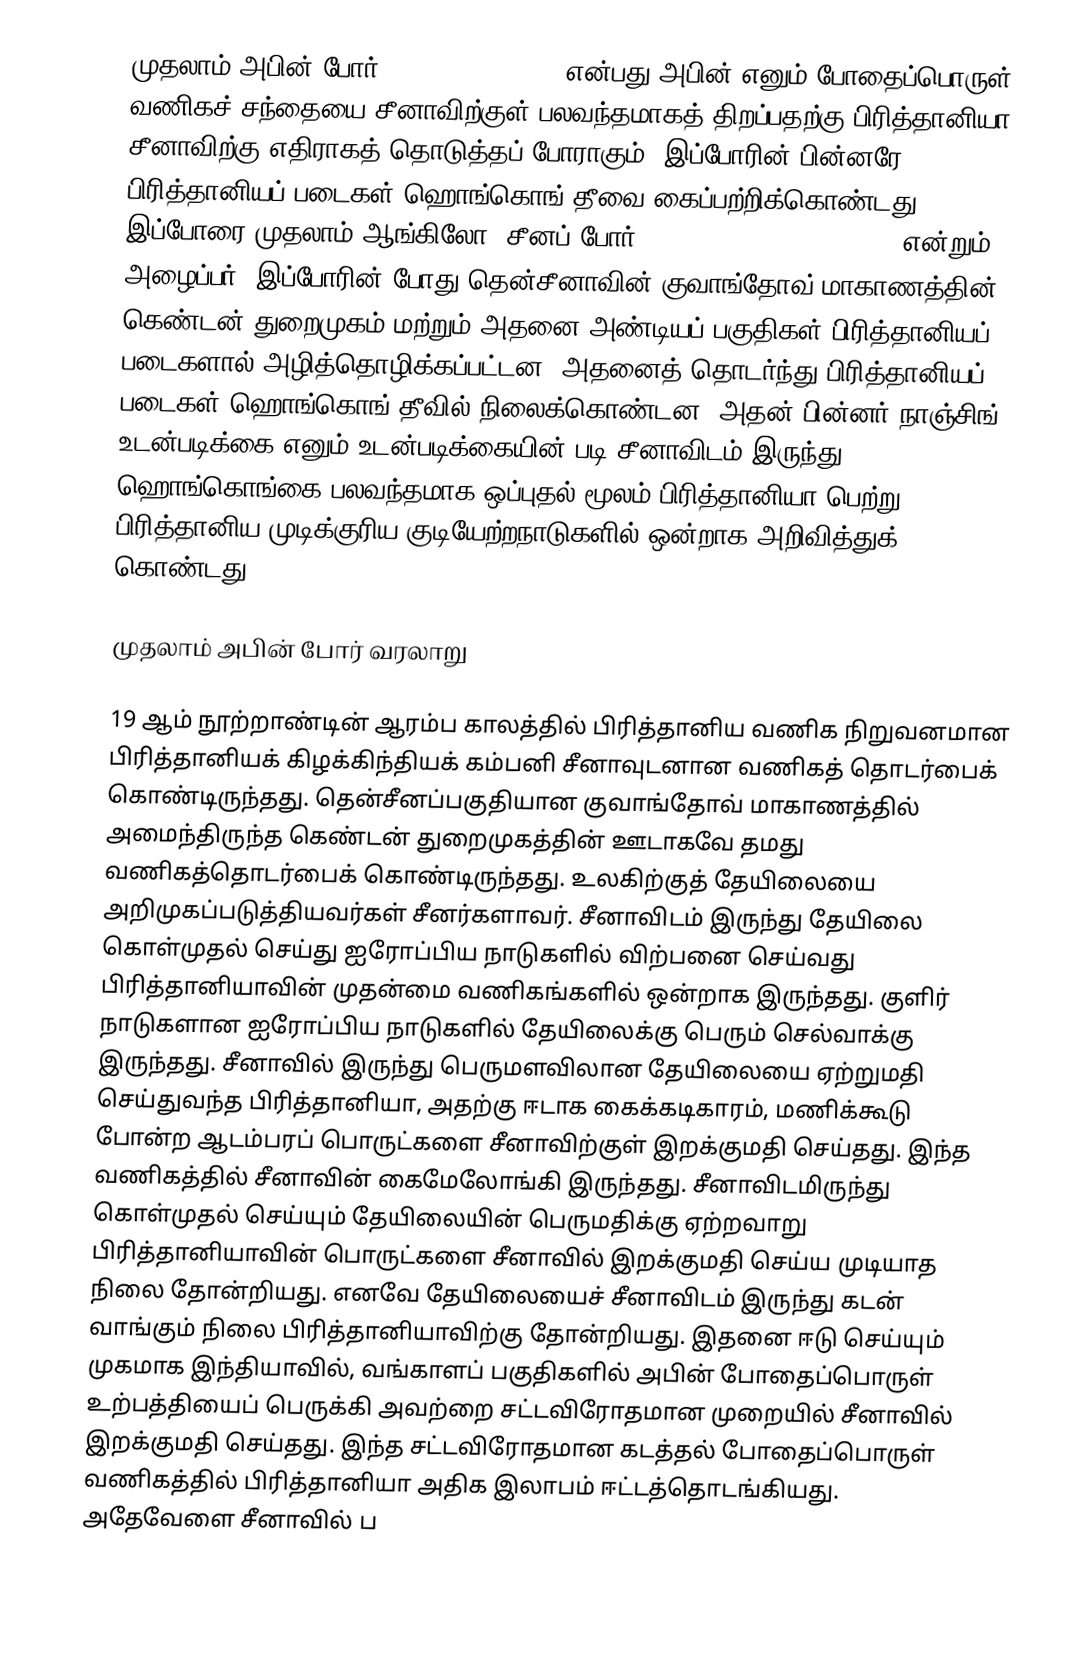
முதலாம் அபின் போர் (First Opium War) என்பது அபின் எனும் போதைப்பொருள் வணிகச் சந்தையை சீனாவிற்குள் பலவந்தமாகத் திறப்பதற்கு பிரித்தானியா சீனாவிற்கு எதிராகத் தொடுத்தப் போராகும். இப்போரின் பின்னரே பிரித்தானியப் படைகள் ஹொங்கொங் தீவை கைப்பற்றிக்கொண்டது. இப்போரை முதலாம் ஆங்கிலோ- சீனப் போர் (First Anglo-Chinese War) என்றும் அழைப்பர். இப்போரின் போது தென்சீனாவின் குவாங்தோவ் மாகாணத்தின் கெண்டன் துறைமுகம் மற்றும் அதனை அண்டியப் பகுதிகள் பிரித்தானியப் படைகளால் அழித்தொழிக்கப்பட்டன. அதனைத் தொடர்ந்து பிரித்தானியப் படைகள் ஹொங்கொங் தீவில் நிலைக்கொண்டன. அதன் பின்னர் நாஞ்சிங் உடன்படிக்கை எனும் உடன்படிக்கையின் படி சீனாவிடம் இருந்து ஹொங்கொங்கை பலவந்தமாக ஒப்புதல் மூலம் பிரித்தானியா பெற்று, பிரித்தானிய முடிக்குரிய குடியேற்றநாடுகளில் ஒன்றாக அறிவித்துக் கொண்டது.

முதலாம் அபின் போர் வரலாறு

19 ஆம் நூற்றாண்டின் ஆரம்ப காலத்தில் பிரித்தானிய வணிக நிறுவனமான பிரித்தானியக் கிழக்கிந்தியக் கம்பனி சீனாவுடனான வணிகத் தொடர்பைக் கொண்டிருந்தது. தென்சீனப்பகுதியான குவாங்தோவ் மாகாணத்தில் அமைந்திருந்த கெண்டன் துறைமுகத்தின் ஊடாகவே தமது வணிகத்தொடர்பைக் கொண்டிருந்தது. உலகிற்குத் தேயிலையை அறிமுகப்படுத்தியவர்கள் சீனர்களாவர். சீனாவிடம் இருந்து தேயிலை கொள்முதல் செய்து ஐரோப்பிய நாடுகளில் விற்பனை செய்வது பிரித்தானியாவின் முதன்மை வணிகங்களில் ஒன்றாக இருந்தது. குளிர் நாடுகளான ஐரோப்பிய நாடுகளில் தேயிலைக்கு பெரும் செல்வாக்கு இருந்தது. சீனாவில் இருந்து பெருமளவிலான தேயிலையை ஏற்றுமதி செய்துவந்த பிரித்தானியா, அதற்கு ஈடாக கைக்கடிகாரம், மணிக்கூடு போன்ற ஆடம்பரப் பொருட்களை சீனாவிற்குள் இறக்குமதி செய்தது. இந்த வணிகத்தில் சீனாவின் கைமேலோங்கி இருந்தது. சீனாவிடமிருந்து கொள்முதல் செய்யும் தேயிலையின் பெருமதிக்கு ஏற்றவாறு பிரித்தானியாவின் பொருட்களை சீனாவில் இறக்குமதி செய்ய முடியாத நிலை தோன்றியது. எனவே தேயிலையைச் சீனாவிடம் இருந்து கடன் வாங்கும் நிலை பிரித்தானியாவிற்கு தோன்றியது. இதனை ஈடு செய்யும் முகமாக இந்தியாவில், வங்காளப் பகுதிகளில் அபின் போதைப்பொருள் உற்பத்தியைப் பெருக்கி அவற்றை சட்டவிரோதமான முறையில் சீனாவில் இறக்குமதி செய்தது. இந்த சட்டவிரோதமான கடத்தல் போதைப்பொருள் வணிகத்தில் பிரித்தானியா அதிக இலாபம் ஈட்டத்தொடங்கியது. அதேவேளை சீனாவில் ப